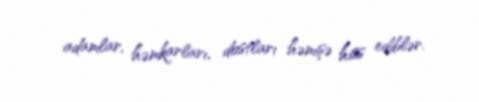
adamlar, həmkarları, dostları həmişə hiss ediblər.